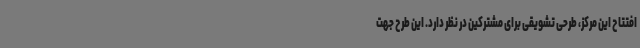
افتتاح این مرکز، طرحی تشویقی برای مشترکین در نظر دارد. این طرح جهت